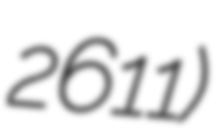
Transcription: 2611)